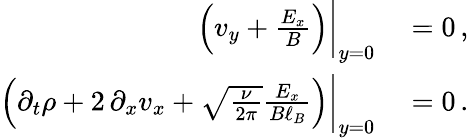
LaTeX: \begin{array}{rl}{\left(v_{y}+\frac{E_{x}}{B}\right)\bigg|_{y=0}}&{{}=0\, ,}\\ {\left(\partial_{t}\rho+2\, \partial_{x}v_{x}+\sqrt{\frac{\nu}{2\pi}}\frac{E_{x}}{B\ell_{B}}\right)\bigg|_{y=0}}&{{}=0\, .}\end{array}